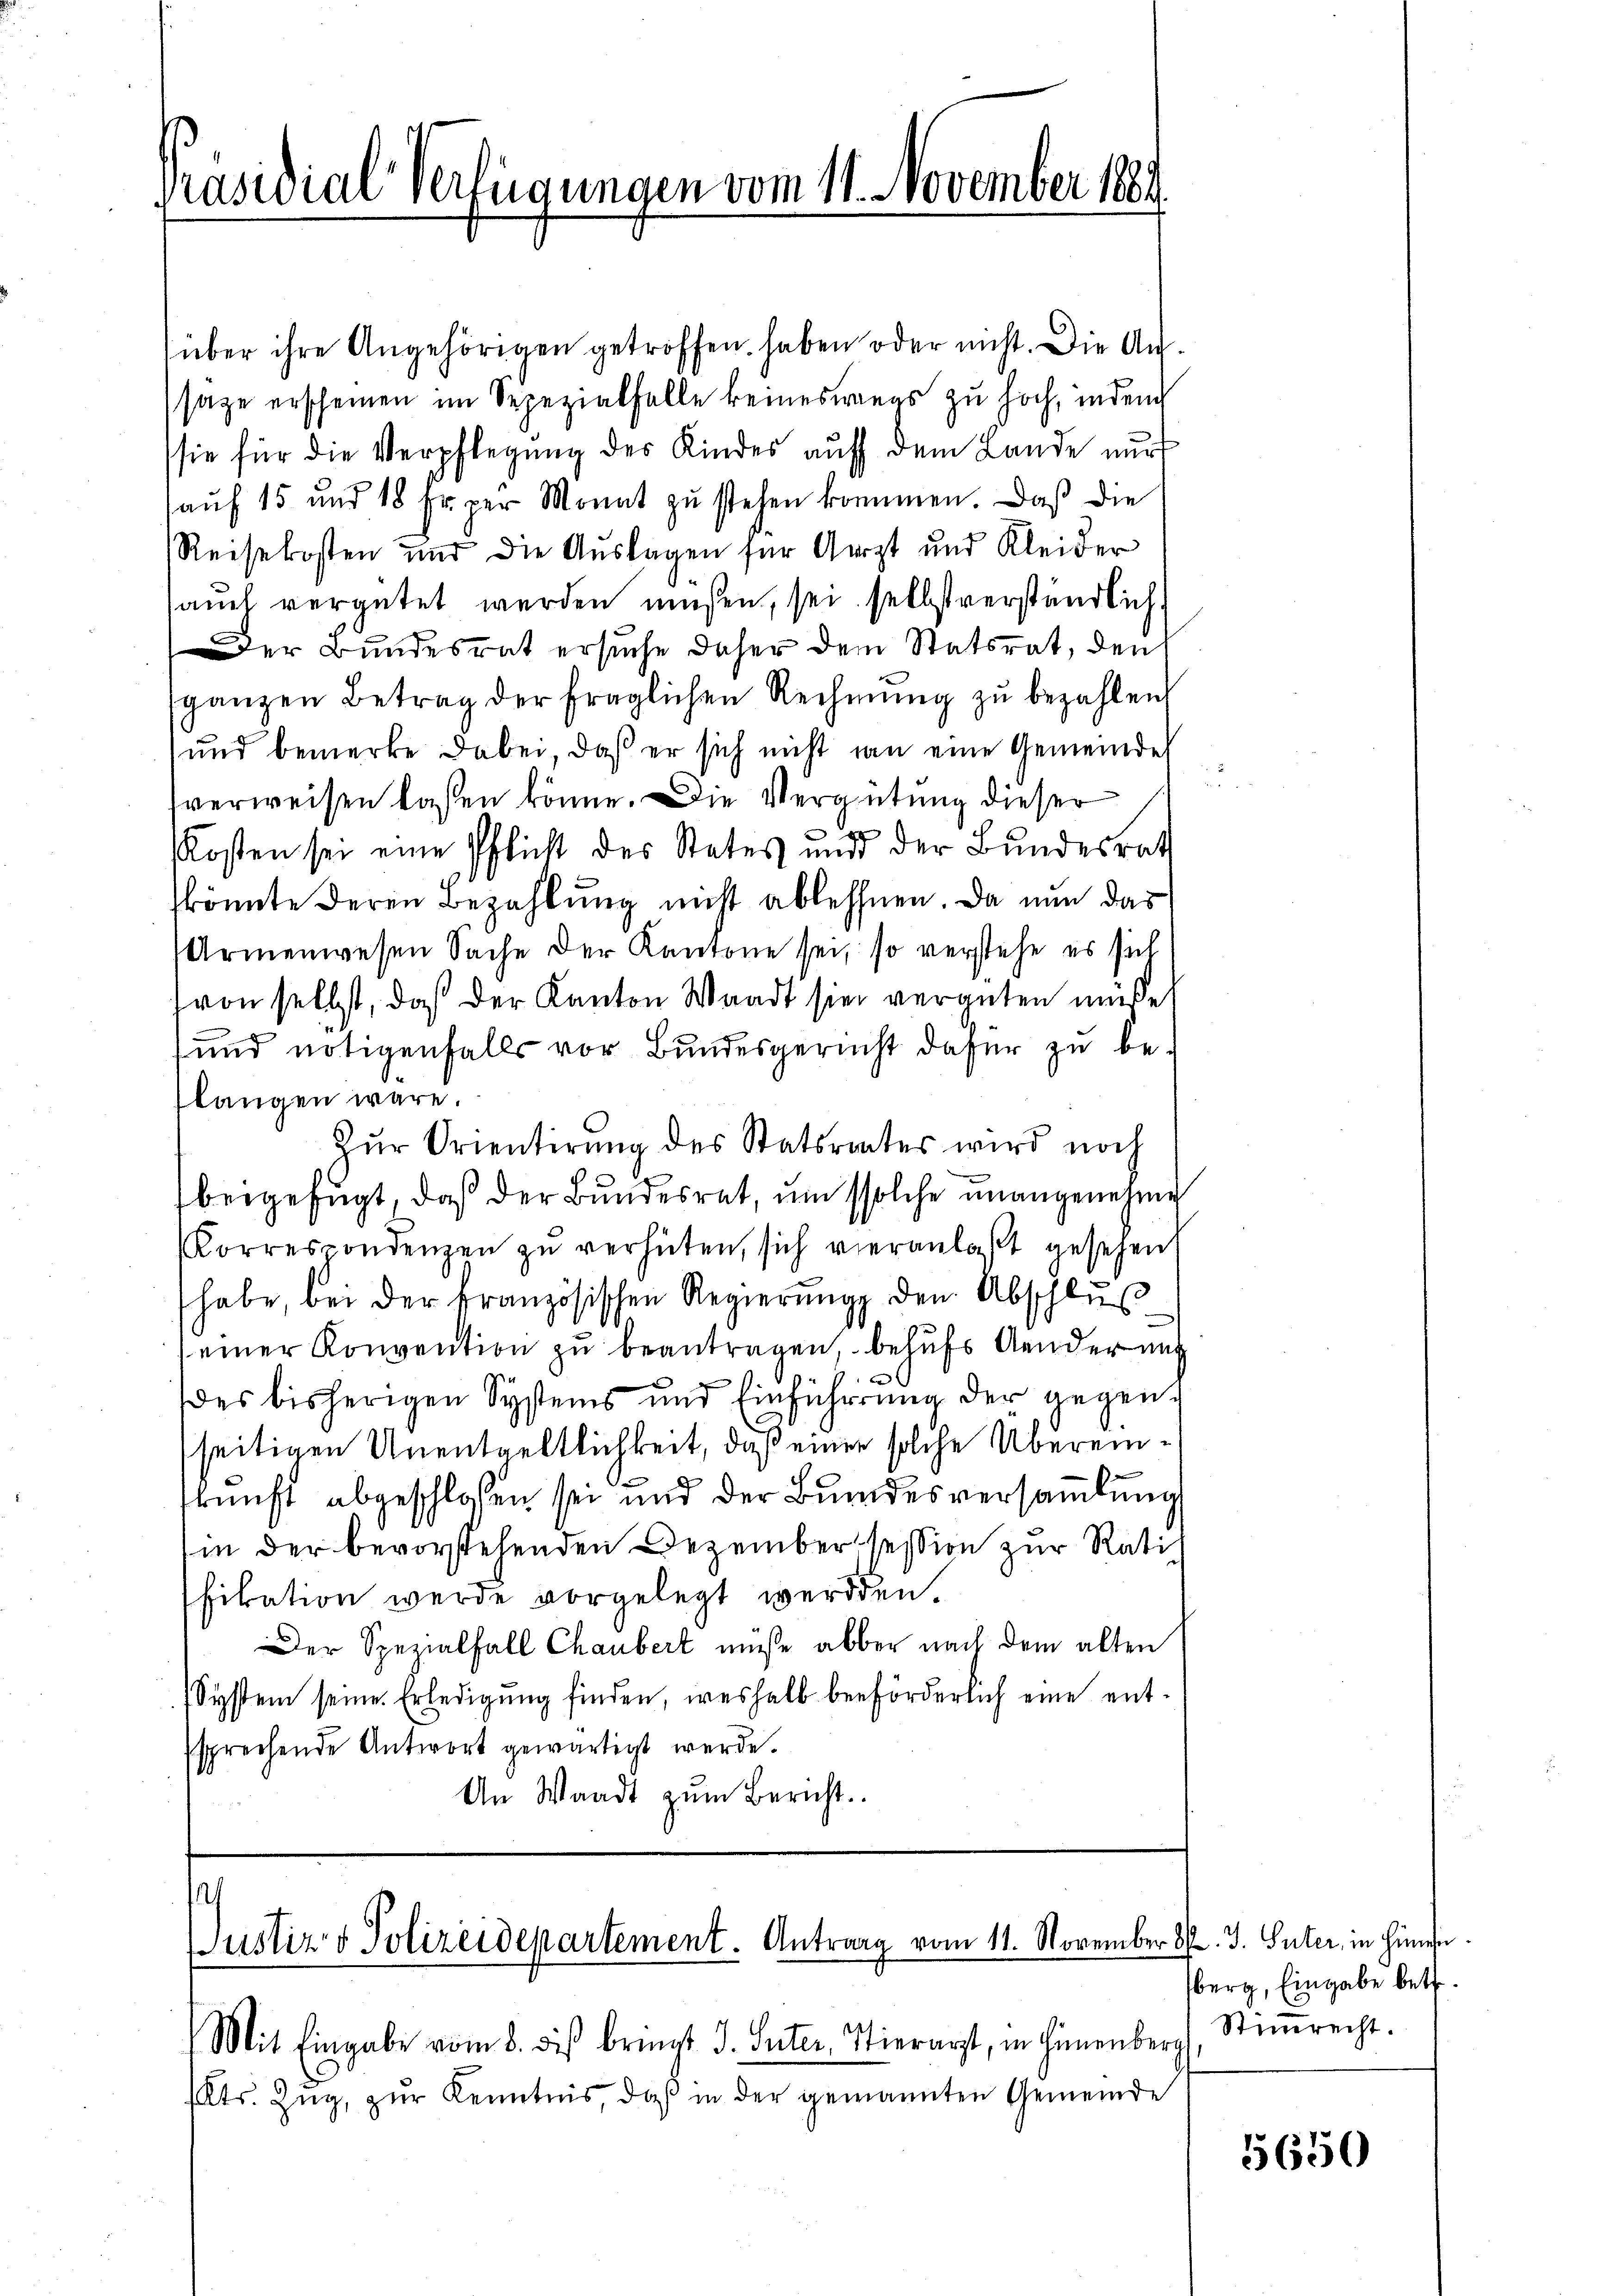
Präsidialverfügungen vom 11. November 1882

über ihre Angehörigen getroffen haben oder nicht. Die Aufsage erscheinen im Sepezialfalle keineswegs zu hoch, indem
sie für die Verpflegung des Kindes auf dem Lande nur
aŭf 15 und 18 Fr. per Monat zŭ stehen kommen. Daβ die
Reisekosten und die Auslagen für Aerzt und Kleider
auch vergütet werden müßen, sei selbstverständlich.
Der Bundesrat ersuche daher dem Statsrat, den
sganzen Betrag der fraglichen Rechnŭng zŭ bezahlen
und bemerke dabei, daß er sich nicht an eine Gemeinde
verweisen lassen könne. Die Vergütung dieser
Kosten sei eine Pflicht des States und der Bundesrath
könnte deren Bezahlung nicht ablehnen. Da nun das
Armenwesen Sache der Kantone sei, so verstehe es sich
von selbst, daß der Kanton Waadt sie vergüten müsse
und nötigenfalls vor Bundesgericht dafür zu belangen wäre.
Zur Orientirung des Statsrates wird noch
bergefügt, daß der Bundesrat, um solche unangenehme
Korrespondenzen zu verhüten, sich vieranlaßt gesehen
habe, bei der französischen Regierŭng den Abschlŭβ
einer Konvention zu beantragen, behufs Aender unt
des bisherigen Systems und Einführung der gegenseitigen Unentgeltlichkeit, daß einer solche Übereinskunft abgeschlossen sei und der Bundesversamlung
in der bevorstehenden Dezember session zur Ratifikation werde vorgelegt werden.
Der Spezialfall Chaubert müsse aber nach dem alten
System seine Erledigŭng finden, weshalb beförderlich eine entsprechende Antwort gewärtigt werde.
An Waadt zŭm Bericht.

Justiz & Polizeidepartement. Antrag vom 11. November Hr. J. Suter, in Hinte
Mit Eingabe vom 8. dis bringt J. Suter, Stierarzt, in Hinenberg

ts. Zug, zur Kenntnis, daß in der gemannten Gemeinde

sberg, Eingabe betr.
Stimmrecht.

5650